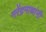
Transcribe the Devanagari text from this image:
नरेंद्रनाथांनी